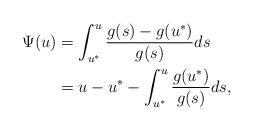
LaTeX: \begin{align*}\Psi(u)&=\int^{u}_{u^{*}}\dfrac{g(s)-g(u^{*})}{g(s)}ds\\&=u-u^{*}-\int^{u}_{u^{*}}\dfrac{g(u^{*})}{g(s)}ds,\end{align*}